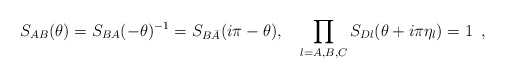
\begin{align*}S_{AB}(\theta )=S_{BA}(-\theta )^{-1}=S_{B\bar{A}}(i\pi -\theta ),\quad\prod_{l=A,B,C}S_{Dl}(\theta +i\pi \eta _{l})=1\,\,\,, \end{align*}